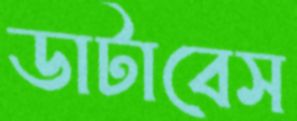
ডাটাবেস